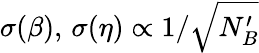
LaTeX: \sigma(\beta),\, \sigma(\eta)\propto 1/\sqrt{N_{B}^{\prime}}